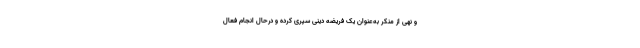
و نهی از منکر به‌عنوان یک فریضه دینی سپری کرده و درحال انجام فعال